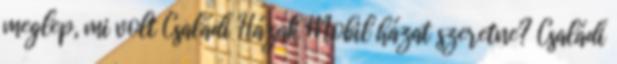
meglep, mi volt Családi Házak Mobil házat szeretne? Családi